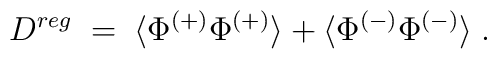
D^{reg} \;=\; \langle  \Phi^{(+)}   \Phi^{(+)} \rangle + \langle  \Phi^{(-)}  \Phi^{(-)} \rangle \;.